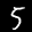
Label: 5